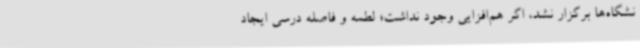
نشگاه‌ها برگزار نشد، اگر هم‌افزایی وجود نداشت؛ لطمه و فاصله درسی ایجاد